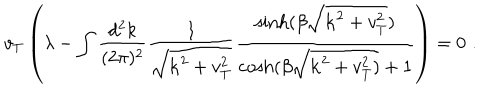
{ v _ { T } } \left( \lambda - \int \frac { d ^ { 2 } k } { ( 2 \pi ) ^ { 2 } } \frac { 1 } { \sqrt { { \bf k } ^ { 2 } + v _ { T } ^ { 2 } } } \frac { \sinh ( \beta \sqrt { { \bf k } ^ { 2 } + v _ { T } ^ { 2 } } ) } { \cosh ( \beta \sqrt { { \bf k } ^ { 2 } + v _ { T } ^ { 2 } ) } + 1 } \right) = 0 \, \, .